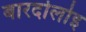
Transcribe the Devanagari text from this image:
बारदोलोइ